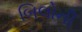
બિલોની